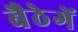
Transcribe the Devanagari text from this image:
बैठेगें